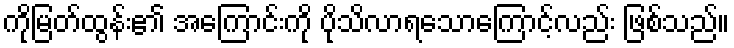
ကိုမြတ်ထွန်း၏ အကြောင်းကို ပိုသိလာရသောကြောင့်လည်း ဖြစ်သည်။